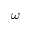
\omega